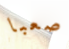
صعبا